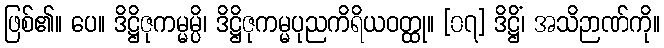
ဖြစ်၏။ ပေ။ ဒိဋ္ဌိဇုကမ္မမ္ပိ၊ ဒိဋ္ဌိဇုကမ္မပုညကိရိယဝတ္ထု။ [၀၇] ဒိဋ္ဌိံ၊ အသိဉာဏ်ကို။